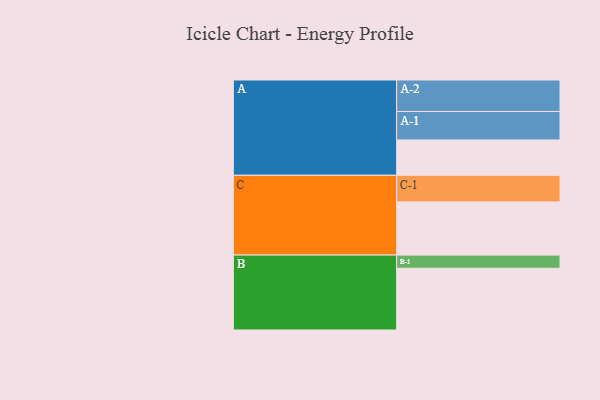
{"axis": {"x": "Segment", "y": "Value"}, "legend": ["", "A", "B", "C"], "data": [{"x": "A", "y": 319, "type": ""}, {"x": "B", "y": 557, "type": ""}, {"x": "C", "y": 480, "type": ""}, {"x": "A-1", "y": 257, "type": "A"}, {"x": "A-2", "y": 284, "type": "A"}, {"x": "B-1", "y": 119, "type": "B"}, {"x": "C-1", "y": 240, "type": "C"}]}